Indian journal of veterinary science and animal husbandry - Volume 10,
Year: 1940
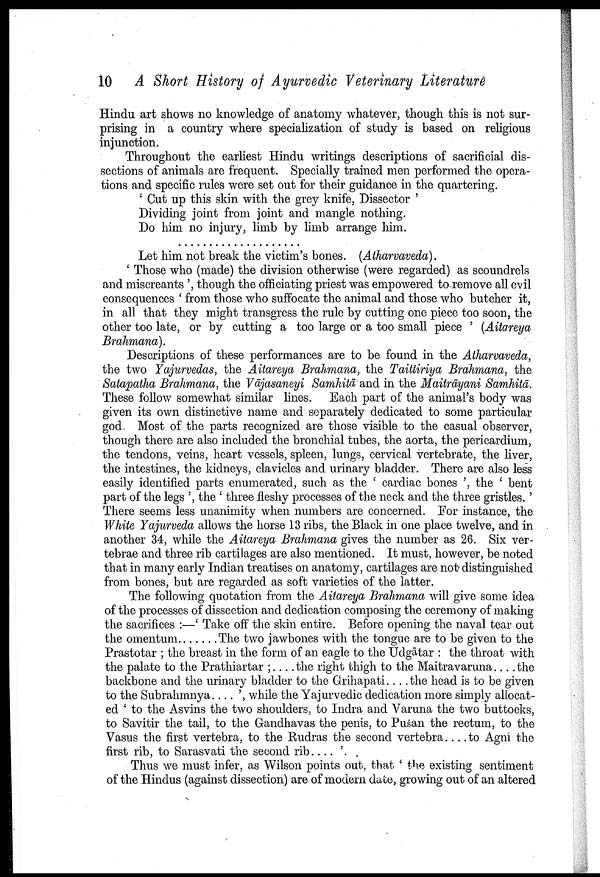
10 A Short History of Ayurvedic Veterinary Literature
Hindu art shows no knowledge of anatomy whatever, though this is not sur
prising in a country where specialization of study is based on religious
injunction.
Throughout the earliest Hindu writings descriptions of sacrificial dis
sections of animals are frequent. Specially trained men performed the opera
tions and specific rules were set out for their guidance in the quartering.
' Cut up this skin with the grey knife, Dissector '
Dividing joint from joint and mangle nothing.
Do him no injury, limb by limb arrange him.
. . . . . . . . . . . . . . . . . . . .
Let him not break the victim's bones. (Atharvaveda).
' Those who (made) the division otherwise (were regarded) as scoundrels
and miscreants ', though the officiating priest was empowered to remove all evil
consequences ' from those who suffocate the animal and those who butcher it,
in all that they might transgress the rule by cutting one piece too soon, the
other too late, or by cutting a too large or a too small piece ' (Aitareya
Brahmana).
Descriptions of these performances are to be found in the Atharvaveda,
the two Yajurvedas, the Aitareya Brahmana, the Taittiriya Brahmana, the
Satapatha Brahmana, the Vājasaneyi Samhitā and in the Maitrāyani Samhitā.
These follow somewhat similar lines. Each part of the animal's body was
given its own distinctive name and separately dedicated to some particular
god. Most of the parts recognized are those visible to the casual observer,
though there are also included the bronchial tubes, the aorta, the pericardium,
the tendons, veins, heart vessels, spleen, lungs, cervical vertebrate, the liver,
the intestines, the kidneys, clavicles and urinary bladder. There are also less
easily identified parts enumerated, such as the ' cardiac bones ', the ' bent
part of the legs ', the ' three fleshy processes of the neck and the three gristles. '
There seems less unanimity when numbers are concerned. For instance, the
White Yajurveda allows the horse 13 ribs, the Black in one place twelve, and in
another 34, while the Aitareya Brahmana gives the number as 26. Six ver
tebrae and three rib cartilages are also mentioned. It must, however, be noted
that in many early Indian treatises on anatomy, cartilages are not distinguished
from bones, but are regarded as soft varieties of the latter.
The following quotation from the Aitareya Brahmana will give some idea
of the processes of dissection and dedication composing the ceremony of making
the sacrifices :—' Take off the skin entire. Before opening the naval tear out
the omentum. . . . . . . The two jawbones with the tongue are to be given to the
Prastotar ; the breast in the form of an eagle to the Udgātar : the throat with
the palate to the Prathiartar ; . . . . the right thigh to the Maitravaruna. . . . the
backbone and the urinary bladder to the Grihapati.... the head is to be given
to the Subrahmnya . . . . ', while the Yajurvedic dedication more simply allocat
ed ' to the Asvins the two shoulders, to Indra and Varuna the two buttocks,
to Savitir the tail, to the Gandhavas the penis, to Puśan the rectum, to the
Vasus the first vertebra, to the Rudras the second vertebra. . . . to Agni the
first rib, to Sarasvati the second rib . . . . '. .
Thus we must infer, as Wilson points out, that ' the existing sentiment
of the Hindus (against dissection) are of modern date, growing out of an altered